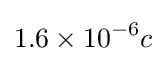
1.6\times 10^{-6}c